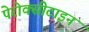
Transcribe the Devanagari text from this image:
पेरोक्सीटाइन